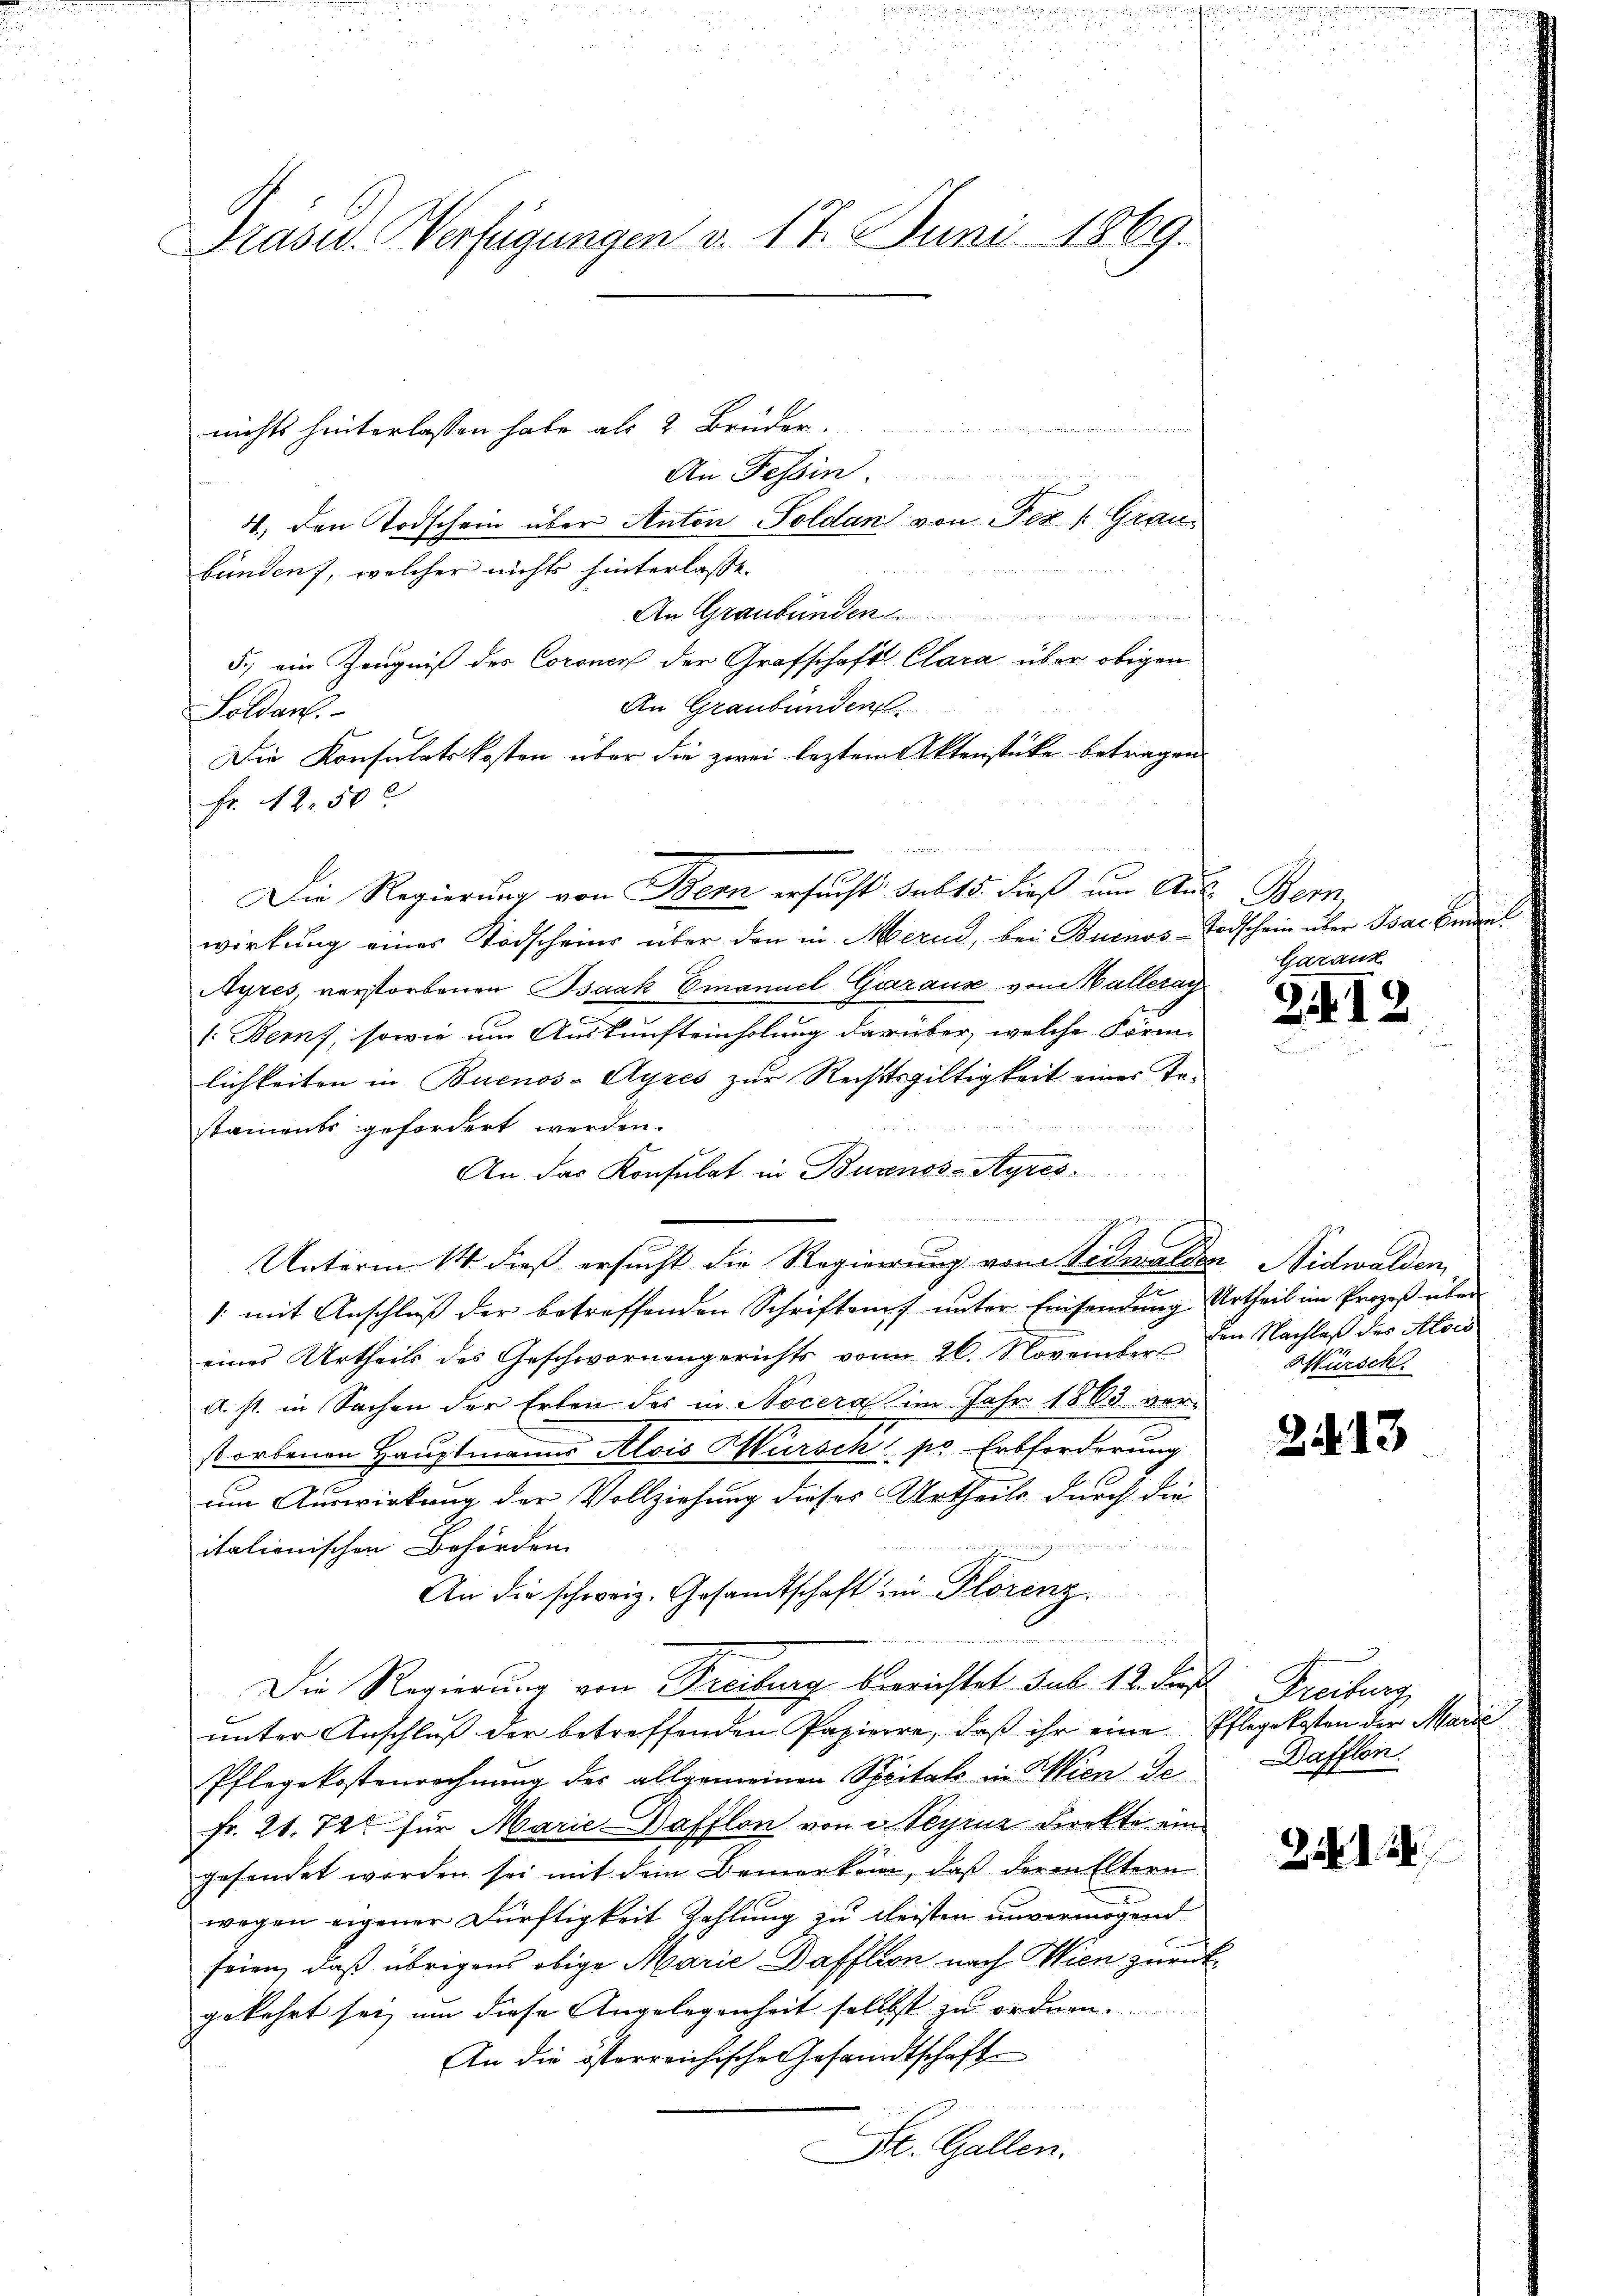
Präsid. Verfügungen v. 17. Juni 1869.

momen und der eine
nichts hinterlassen habe als 2 Brüder.
An Tessin
g
4. den Todschein über Anton Soldan von Per /: Grau
bunden), welcher nichts hinterlasse.
u
An Graubünden.
5.) ein Zeugniß des Coronen der Grafschaft Clara über obigen
An Graubünden.
Soldanl
Die Konsulatskosten über die zwei leztem Aktenstücke betragen.
Fr. 12.50.
wirkung einer Todscheins über den in Mernd, bei Buenos-Todschein über Par Emil
Ayres, verstorbenen Isaak Emanuel Garaus vom Halleray
(Bern, sowie um Auskunfteinholung darüber, welche Förm-
lichkeiten in Buenos-Ayres zur Rechtsgültigkeit eines Tastaments gefordert werden.
An das Konsulat in Buenos-Ayres
Unterm 14. dieß ersucht die Regierung von Nidwalden Nidwalden,
J
/: mit Anschluß der betreffenden Schriften unter Einsendung Urtheil im Prozeß übereines Urtheils des Geschwornengerichts vom 26. November den Nachlaβ der Alois
d. st. in Sachen der Erben des in Nocera im Jahr 1863 verstorbenen Hauptmanns Alois Kürsch pr. Erbforderung
um Auswirkung der Vollziehung dieses Urtheils durch die
italionischen Behörden.
An die schweiz. Gesandtschaft im Florenz
.

Die Regierung von Freiburg berichtet sub. 12. die Freiburg
unter Anschluß der betreffenden Papierre, daß ihr eine Pflegekosten der Marie
Pflegekostenrechnung des allgemeinen Spitals in Wien de
Fr. 21. 72 für Marie-Dafflon von i. Peyruz Direkte ein
gesandet worden sei mit dem Bemerken, daβ deren Eltern
wegen eigener Dürftigkeit Zahlung zu fleisten unvermögend
seien, daß übrigens obige Marie Dafflion nach Wien zurückgekehrt sei, um diese Angelegenheit selbst zu ordnen.
An die österreichische Gesandtschaft
Dr. Gallen.

Die Regierung von Bern ersucht sub 15. dieß um Aus Bern,

Gazank

24

Würsch

2)

2

2

3

Dafflen.

.